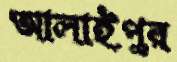
আলাইপুর